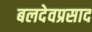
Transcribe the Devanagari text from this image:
बलदेवप्रसाद